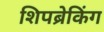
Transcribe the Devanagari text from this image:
शिपब्रेकिंग